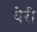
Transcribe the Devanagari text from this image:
येरी